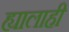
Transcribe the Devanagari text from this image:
ह्यालाही